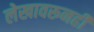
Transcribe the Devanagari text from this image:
लेखावरूनही